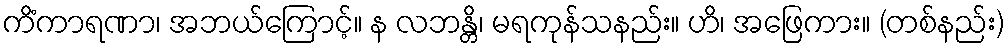
ကိံကာရဏာ၊ အဘယ်ကြောင့်။ န လဘန္တိ၊ မရကုန်သနည်း။ ဟိ၊ အဖြေကား။ (တစ်နည်း)